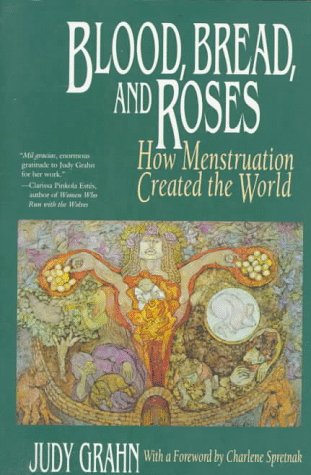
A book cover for Blood, Bread, and Roses: How Menstruation Created the World; Judy Grahn; Health, Fitness & Dieting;